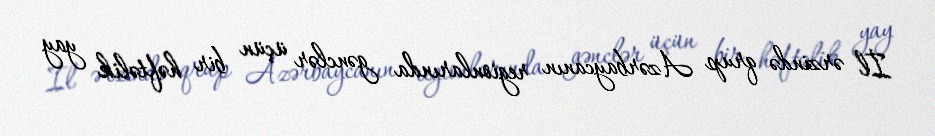
İl ərzində qrup Azərbaycanın regionlarında gənclər üçün bir həftəlik yay